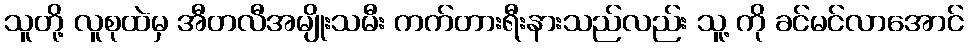
သူတို့ လူစုထဲမှ အီတလီအမျိုးသမီး ကက်တားရီးနားသည်လည်း သူ့ ကို ခင်မင်လာအောင်